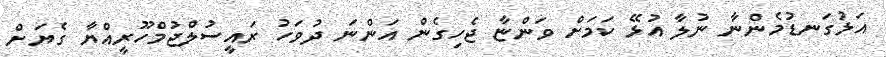
އަޅުގަނޑުމެންނާ ނުލާ އުޅޭ ކަމަށް ވަންޏާ ޖެހިގެން އަންނަ ދުވަހު ރައީސުލްޖުމްހޫރީއްޔާ ގެޔަށް